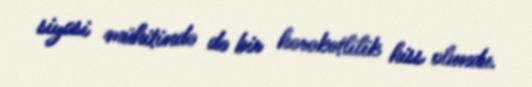
siyasi mühitində də bir hərəkətlilik hiss olundu.